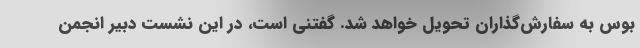
بوس به سفارش‌گذاران تحویل خواهد شد. گفتنی است،‌ در این نشست دبیر انجمن